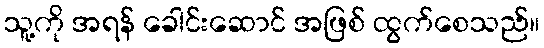
သူ့ကို အရန် ခေါင်းဆောင် အဖြစ် ထွက်စေသည်။